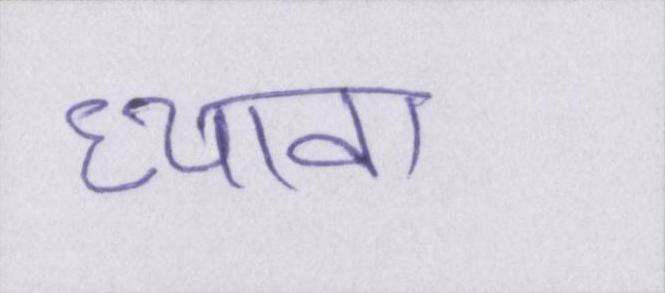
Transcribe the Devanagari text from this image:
ध्यावा